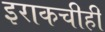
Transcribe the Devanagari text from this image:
इराकचीही